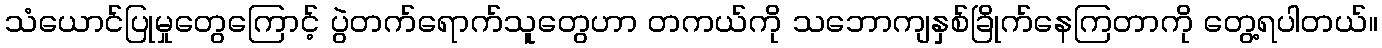
သံယောင်ပြုမှုတွေကြောင့် ပွဲတက်ရောက်သူတွေဟာ တကယ်ကို သဘောကျနှစ်ခြိုက်နေကြတာကို တွေ့ရပါတယ်။